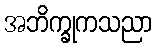
အဘိက္ခုကသညာ